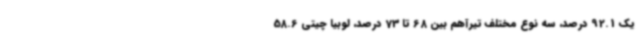
یک 92.1 درصد، سه نوع مختلف تیرآهم بین 68 تا 73 درصد، لوبیا چیتی 58.6